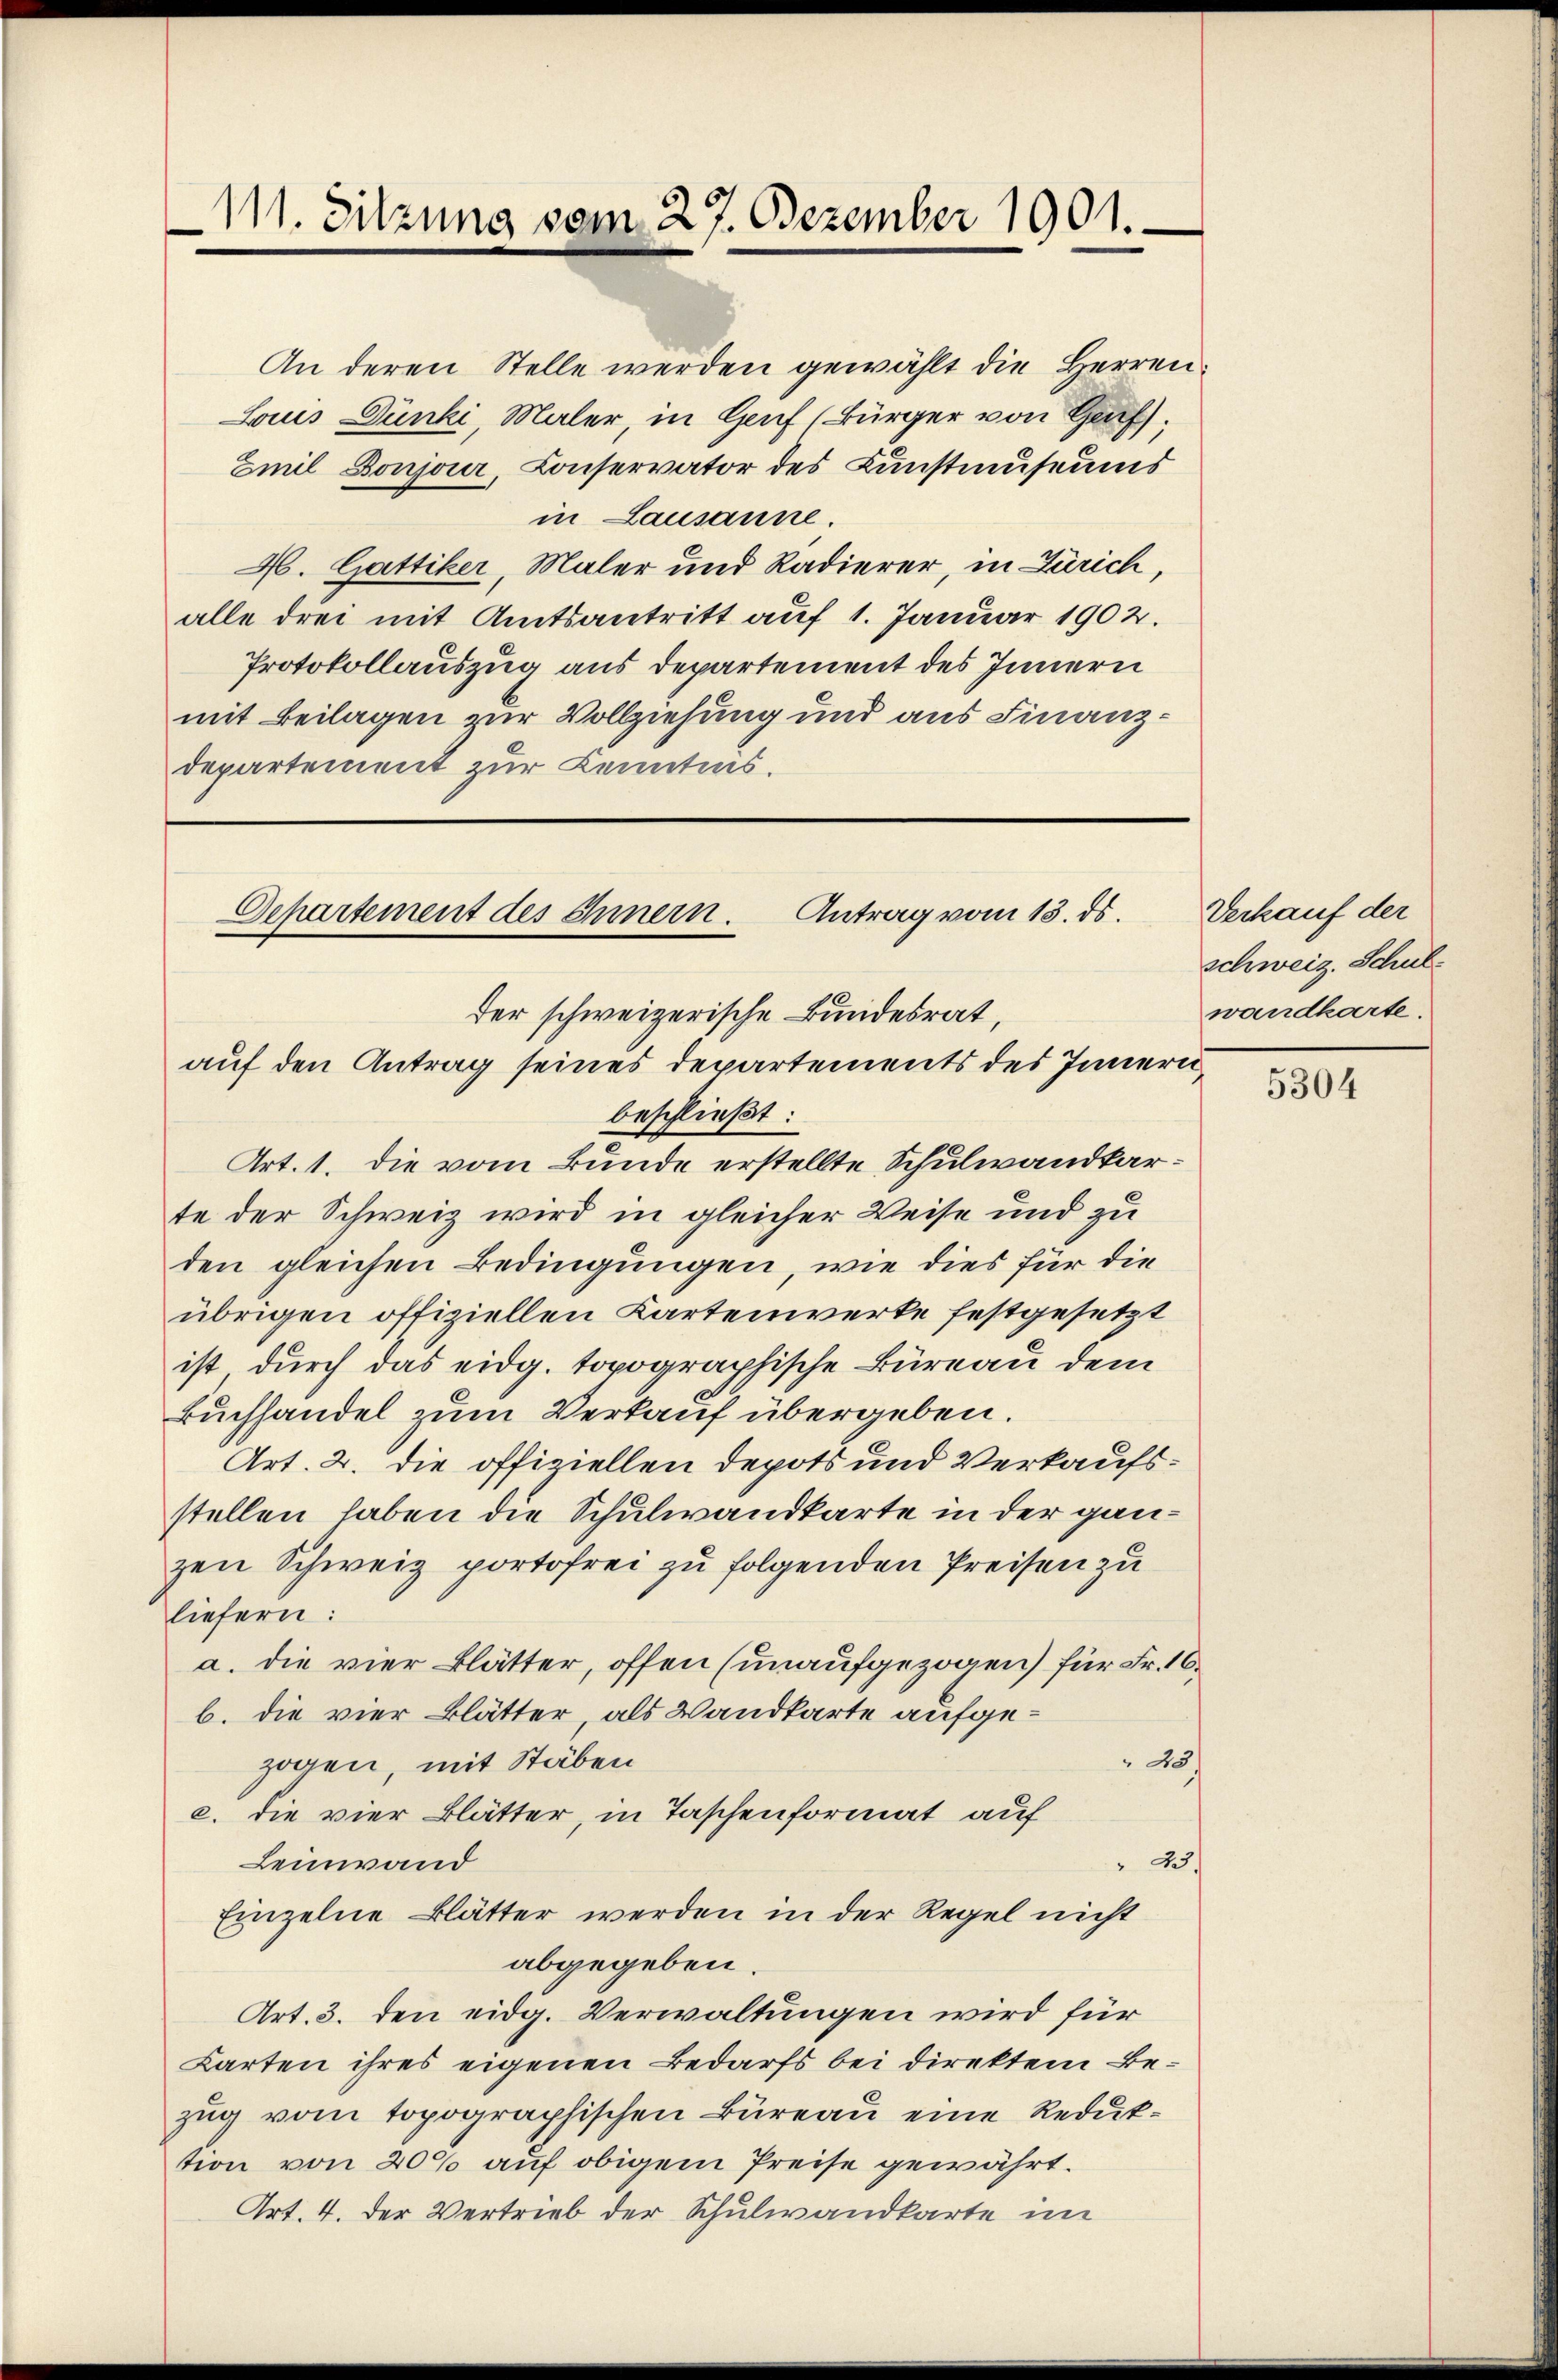
111. Sitzung vom 27. Dezember 1901.

An deren Stelle werden gewählt die Herren
Lous Dünki, Maler, in Genf (Bürger von Gr
Emil Boujour, Conservator des Kunstmuseums
in Lausanne.
A. Gattiker, Maler und Radierer, in Zürich,
alle drei mit Amtsantritt auf 1. Januar 1902.
Protokollauszug aus Departement des Innern
mit Beilagen zur Vollziehung und aus Finanzdepartement zur Kenntnis.

Antrag vom 13. ds.
Departement des Innern.
der schweizerische Bundesrat,
auf den Antrag seines Departements des Innern,

beschließt:
Art. 1. die vom Bunde erstellte Schulwandkarte der Schweiz wird in gleicher Weise und zu
den gleichen Bedingungen, wie dies für die
übrigen offiziellen Kartenwerke festgesetzt
ist durch das eidg. topographische Büreau dem
Buchhandel zum Verkauf übergeben.
Art. 2. die offiziellen Depots und Verkaufsstellen haben die Schulwandkarte in der ganzen Schweiz portofrei zu folgenden Preisen zu
liefern:
a. die vier Blätter, offen (unaufgezogen) für Fr. 10
b. die vier Blätter, als Wandkarte aufge¬
45
zogen, mit Stäben
c. die vier Blätter, in Taschenformat auf
Leinwand
 23
Einzelne Blätter werden in der Regel nicht
abgegeben.
Art. 3. den eidg. Verwaltungen wird für
Karten ihres eigenen Bedarfs bei direktem Bezug vom topographischen Büreau eine Reduktion von 20% auf obigem Preise gewährt.
Art. 4. der Vertrieb der Schulwandkarte im

Verkauf der
schweiz. Schulwandkarte.

5304